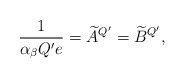
LaTeX: \begin{align*}\frac{1}{\alpha_{\beta} Q'e}=\widetilde{A}^{Q'}=\widetilde{B}^{Q'},\end{align*}